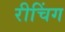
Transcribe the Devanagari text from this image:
रीचिंग